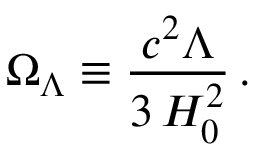
\Omega _ { \Lambda } \equiv \frac { c ^ { 2 } \Lambda } { 3 \, H _ { 0 } ^ { 2 } } \, .